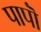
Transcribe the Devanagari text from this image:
पापॊं